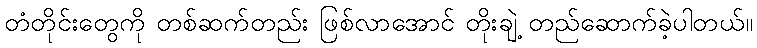
တံတိုင်းတွေကို တစ်ဆက်တည်း ဖြစ်လာအောင် တိုးချဲ့ တည်ဆောက်ခဲ့ပါတယ်။